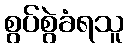
စွပ်စွဲခံရသူ